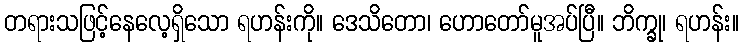
တရားသဖြင့်နေလေ့ရှိသော ရဟန်းကို။ ဒေသိတော၊ ဟောတော်မူအပ်ပြီ။ ဘိက္ခု၊ ရဟန်း။